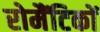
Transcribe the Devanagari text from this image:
रोमैंटिकों